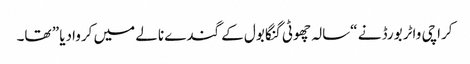
کراچی واٹر بورڈ نے “سالہ چھوٹی گنگا بول کے گندے نالے میں کروادیا ” تھا۔